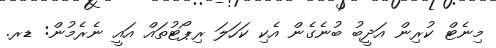
މިނެޓް ކުރިން އަދީބު ބުނެގެން އެކި ކަހަލަ ރިޕޯޓުތައް އައީ ނެރެމުން: ޑރ.